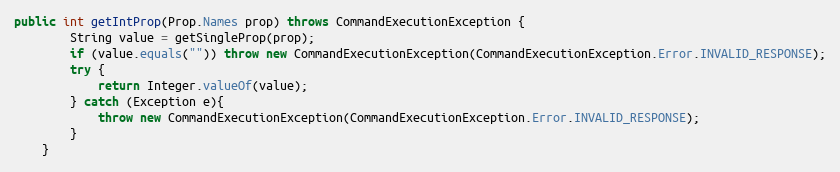
Language: Java
public int getIntProp(Prop.Names prop) throws CommandExecutionException {
        String value = getSingleProp(prop);
        if (value.equals("")) throw new CommandExecutionException(CommandExecutionException.Error.INVALID_RESPONSE);
        try {
            return Integer.valueOf(value);
        } catch (Exception e){
            throw new CommandExecutionException(CommandExecutionException.Error.INVALID_RESPONSE);
        }
    }